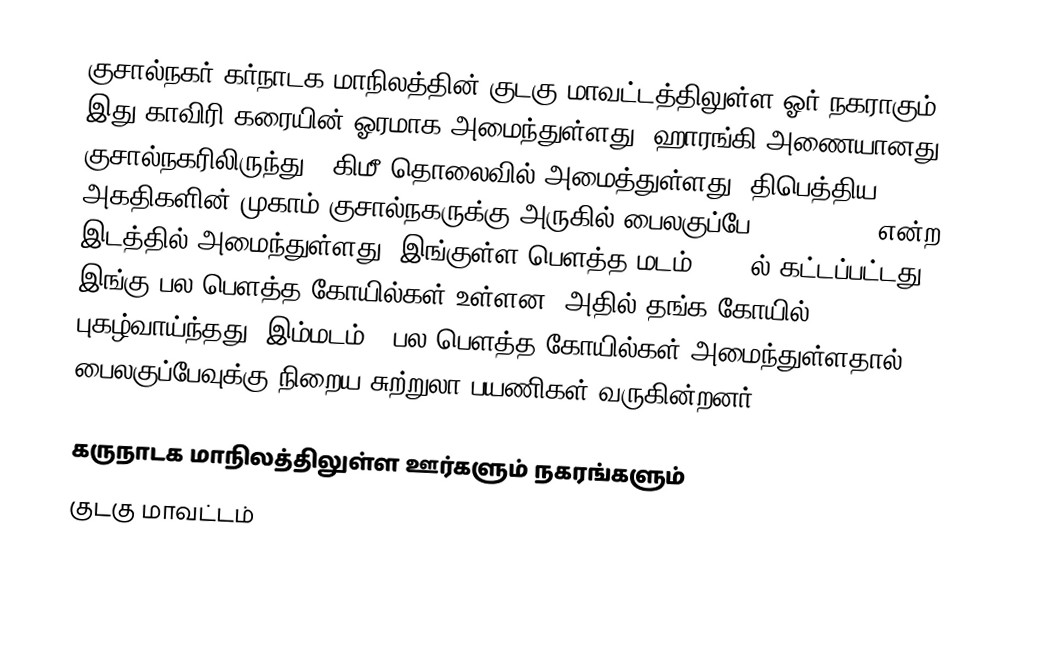
குசால்நகர் கர்நாடக மாநிலத்தின் குடகு மாவட்டத்திலுள்ள ஓர் நகராகும். இது காவிரி கரையின் ஓரமாக அமைந்துள்ளது. ஹாரங்கி அணையானது குசால்நகரிலிருந்து 6 கிமீ தொலைவில் அமைத்துள்ளது. திபெத்திய அகதிகளின் முகாம் குசால்நகருக்கு அருகில் பைலகுப்பே (Bylakuppe) என்ற இடத்தில் அமைந்துள்ளது. இங்குள்ள பௌத்த மடம் 1972 ல் கட்டப்பட்டது. இங்கு பல பௌத்த கோயில்கள் உள்ளன, அதில் தங்க கோயில் புகழ்வாய்ந்தது. இம்மடம் & பல பௌத்த கோயில்கள் அமைந்துள்ளதால் பைலகுப்பேவுக்கு நிறைய சுற்றுலா பயணிகள் வருகின்றனர்.

கருநாடக மாநிலத்திலுள்ள ஊர்களும் நகரங்களும்
குடகு மாவட்டம்